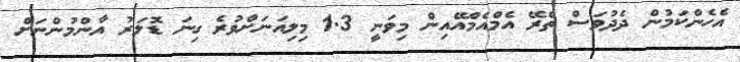
އެހެންކަމުން ދެދުވަސް ތެރޭ އެމްއެމްއޭއިން މިވަނީ 1.3 މިލިއަނަށްވުރެ ގިނަ ޑޮލަރު އާންމުންނަށް